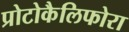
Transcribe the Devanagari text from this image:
प्रोटोकैलिफोरा